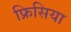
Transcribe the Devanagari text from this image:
फ्रिसिया